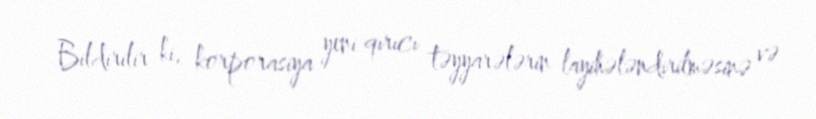
Bildirilir ki, korporasiya yeni qırıcı təyyarələrin layihələndirilməsinə və